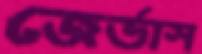
জের্ভাস